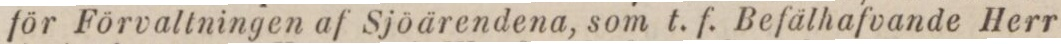
för Förvallningen af Sjöärendena, som t. f. Befälhafvande Herr